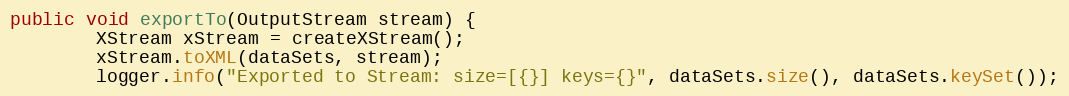
Language: Java
public void exportTo(OutputStream stream) {
		XStream xStream = createXStream();
		xStream.toXML(dataSets, stream);
		logger.info("Exported to Stream: size=[{}] keys={}", dataSets.size(), dataSets.keySet());